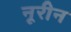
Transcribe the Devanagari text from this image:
नूरीन